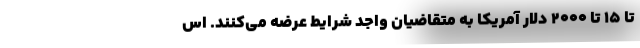
تا ۱۵ تا ۲۰۰۰ دلار آمریکا به متقاضیان واجد شرایط عرضه می‌کنند. اس